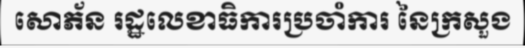
សោភ័ន រដ្ឋលេខាធិការប្រចាំការ នៃក្រសួង